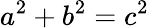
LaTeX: \displaystyle a^{2}+b^{2}=c^{2}